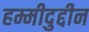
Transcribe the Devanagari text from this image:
हम्मीदुद्दीन